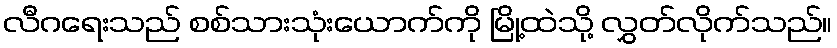
လီဂရေးသည် စစ်သားသုံးယောက်ကို မြို့ထဲသို့ လွှတ်လိုက်သည်။